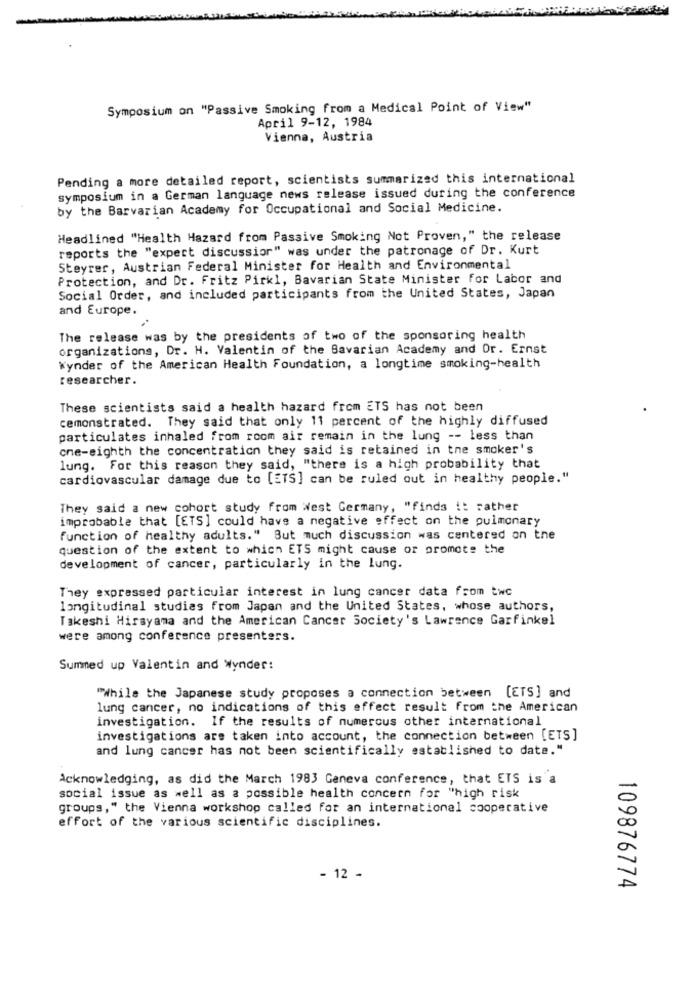
Symposium on "Passive Smoking from a Medical Point of View"
April 9-12, 1984
Vienna, Austria
Pending a more detailed report, scientists summarized this international
symposium in a German language news release issued during the conference
by the Barvarian Academy for Occupational and Social Medicine.
Headlined "Health Hazard from Passive Smoking Not Proven," the release
reports the "expert discussion" was under the patronage of Dr. Kurt
Steyrer, Austrian Federal Minister for Health and Environmental
Protection, and Dr. Fritz Pirkl, Bavarian State Minister for Labor and
Social Order, and included participants from the United States, Japan
and Europe.
The release was by the presidents of two of the sponsoring health
organizations, Dr. H. Valentin of the Bavarian Academy and Or. Ernst
Wynder of the American Health Foundation, a longtime smoking-health
researcher.
These scientists said a health hazard from ETS has not been
cemonstrated. They said that only 11 percent of the highly diffused
particulates inhaled from room air remain in the lung -- less than
cne-eighth the concentration they said is retained in tne smoker's
lung. For this reason they said, "there is a high probability that
cardiovascular damage due to [ETS] can be ruled out in healthy people."
They said a new cohort study from West Germany, "finds i: rather
improbable that [ETS] could have a negative effect on the pulmonary
function of healthy adults." But much discussion was centered on the
question of the extent to which ETS might cause or promote the
development of cancer, particularly in the lung.
They expressed particular interest in lung cancer data from twc
longitudinal studies from Japan and the United States, whose authors,
Takeshi Hirsyama and the American Cancer Society's Lawrence Garfinkel
were among conference presenters.
Summed up Valentin and Wynder:
"While the Japanese study proposes a connection between [ETS] and
lung cancer, no indications of this effect result from the American
investigation. If the results of numerous other international
investigations are taken into account, the connection between [ETS]
and lung cancer has not been scientifically established to date."
Acknowledging, as did the March 1983 Geneva conference, that ETS is a
social issue as well as a possible health concern for "high risk
groups," the Vienna workshop called for an international cooperative
effort of the various scientific disciplines.
- 12 -
109876774